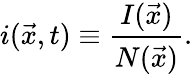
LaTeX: i(\vec{x},t)\equiv\frac{I(\vec{x})}{N(\vec{x})}.